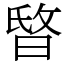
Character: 𣇻